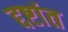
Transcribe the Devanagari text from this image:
द्दष्टांत